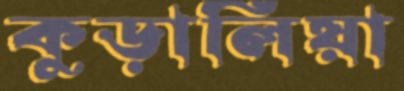
কুড়ালিয়া